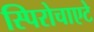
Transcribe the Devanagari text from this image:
स्पिरोचाएटे